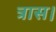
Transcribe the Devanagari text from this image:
त्रास।